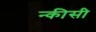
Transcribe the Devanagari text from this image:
न्कीसी